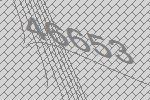
46653